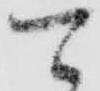
可